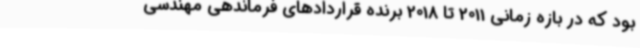
بود که در بازه زمانی 2011 تا 2018 برنده قراردادهای فرماندهی مهندسی